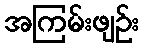
အကြမ်းဖျဉ်း